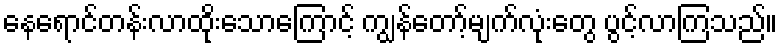
နေရောင်တန်းလာထိုးသောကြောင့် ကျွန်တော့်မျက်လုံးတွေ ပွင့်လာကြသည်။